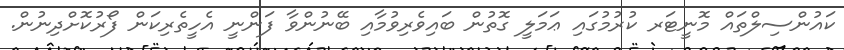
ކައުންސިލްތައް މޮނީޓަރ ކުރުމުގައި ޢަމަލީ ގޮތުން ބައިވެރިވުމާއި ބޭނުންވާ ފަންނީ އެހީތެރިކަން ފޯރުކޮށްދިނުން.